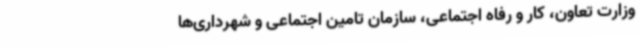
وزارت تعاون، کار و رفاه اجتماعی، سازمان تامین اجتماعی و شهرداری‌ها